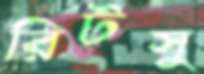
রিটসু